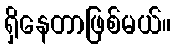
ရှိနေတာဖြစ်မယ်။